Vaccination in the Punjab 1919-1929 - 1919-1929
Year: 1919
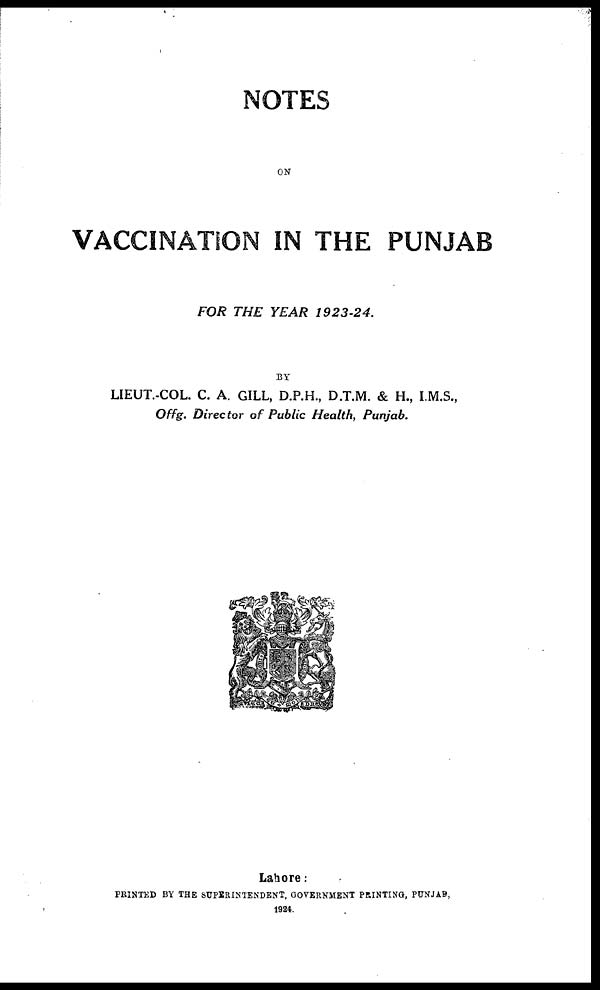
NOTES
ON
VACCINATION IN THE PUNJAB
FOR THE YEAR
1923-24.
BY
LIEUT.-COL. C. A. GILL, D.P.H., D.T.M. & H., I.M.S.,
Offg. Director of Public Health, Punjab.
Lahore:
PRINTED BY THE SUPERINTENDENT, GOVERNMENT PRINTING, PUNJAB,
1924.